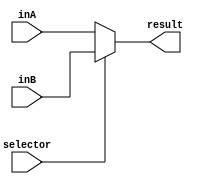
/*
Simple design for a 2:1 multiplexer
Set selector to 0 for the first inputA,
else you will get the second input,
*/

module MUX16Bits(
    input [15:0] inA,
    input [15:0] inB,

    input selector,

    output reg [15:0] result
);

	 always@(*) begin
		 if(selector == 0)
					result <= inA;
			  else
					result <= inB;
		 end
endmodule